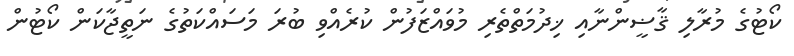
ކޯޓުގެ މުރާލި ޤާޟީންނާއި ޚިދުމަތްތެރި މުވައްޒަފުން ކުރެއްވި ބުރަ މަސައްކަތުގެ ނަތީޖާކަން ކޯޓުން